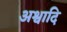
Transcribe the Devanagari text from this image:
अश्वादि